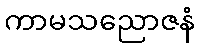
ကာမသညောဇနံ